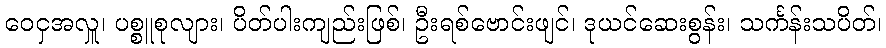
ဝေငှအလှူ၊ ပစ္စူစုလျား၊ ပိတ်ပါးကျည်းဖြစ်၊ ဦးရစ်ဗောင်းဖျင်၊ ဒုယင်ဆေးစွန်း၊ သင်္ကန်းသပိတ်၊